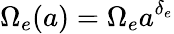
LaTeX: \Omega_{e}(a)=\Omega_{e}a^{\delta_{e}}